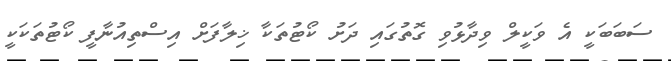
ސަބަބަކީ އެ ވަކީލް ވިދާޅުވި ގޮތުގައި ދަށު ކޯޓުތަކާ ޚިލާފަށް އިސްތިއުނާފީ ކޯޓުތަކަކީ